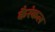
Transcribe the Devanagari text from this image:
कैरंकल